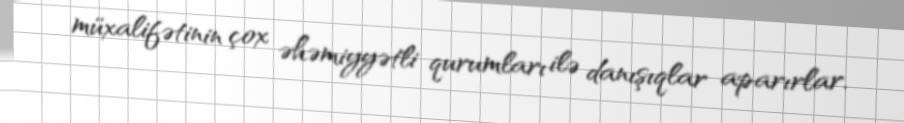
müxalifətinin çox əhəmiyyətli qurumları ilə danışıqlar aparırlar.